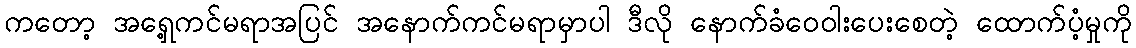
ကတော့ အရှေ့ကင်မရာအပြင် အနောက်ကင်မရာမှာပါ ဒီလို နောက်ခံဝေဝါးပေးစေတဲ့ ထောက်ပံ့မှုကို